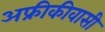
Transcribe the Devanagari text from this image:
अफ्रीकीवासी